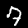
Digit: 7